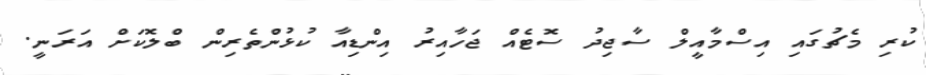
ކުރި މެޗުގައި އިސްމާއީލް ސާޖިދު ސޮޓެއް ޖަހާއިރު އިންޑިއާ ކުޅުންތެރިން ބްލޮކަށް އަރަނީ.